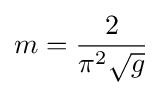
m={\frac {2}{\pi ^{2}{\sqrt {g}}}}